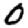
Digit: 0